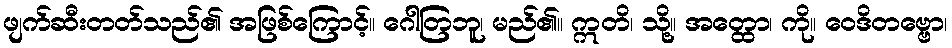
ဖျက်ဆီးတတ်သည်၏ အဖြစ်ကြောင့်။ ဂေါတြဘူ၊ မည်၏။ ဣတိ၊ သို့။ အတ္ထော၊ ကို။ ဝေဒိတဗ္ဗော၊